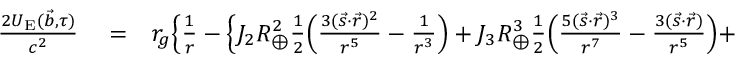
\begin{array} { r l r } { \frac { 2 U _ { \mathrm { E } } ( { \vec { b } } , \tau ) } { c ^ { 2 } } } & { { } = } & { r _ { g } \Big \{ \frac { 1 } { r } - \Big \{ J _ { 2 } R _ { \oplus } ^ { 2 } \frac { 1 } { 2 } \Big ( \frac { 3 ( { \vec { s } } \cdot { \vec { r } } ) ^ { 2 } } { r ^ { 5 } } - \frac { 1 } { r ^ { 3 } } \Big ) + J _ { 3 } R _ { \oplus } ^ { 3 } \frac { 1 } { 2 } \Big ( \frac { 5 ( { \vec { s } } \cdot { \vec { r } } ) ^ { 3 } } { r ^ { 7 } } - \frac { 3 ( { \vec { s } } \cdot { \vec { r } } ) } { r ^ { 5 } } \Big ) + } \end{array}